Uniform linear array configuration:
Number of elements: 32
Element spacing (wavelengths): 0.75
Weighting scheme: kaiser
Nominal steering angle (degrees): -60
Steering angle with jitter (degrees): -61.658
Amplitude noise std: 0.05
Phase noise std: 0.05

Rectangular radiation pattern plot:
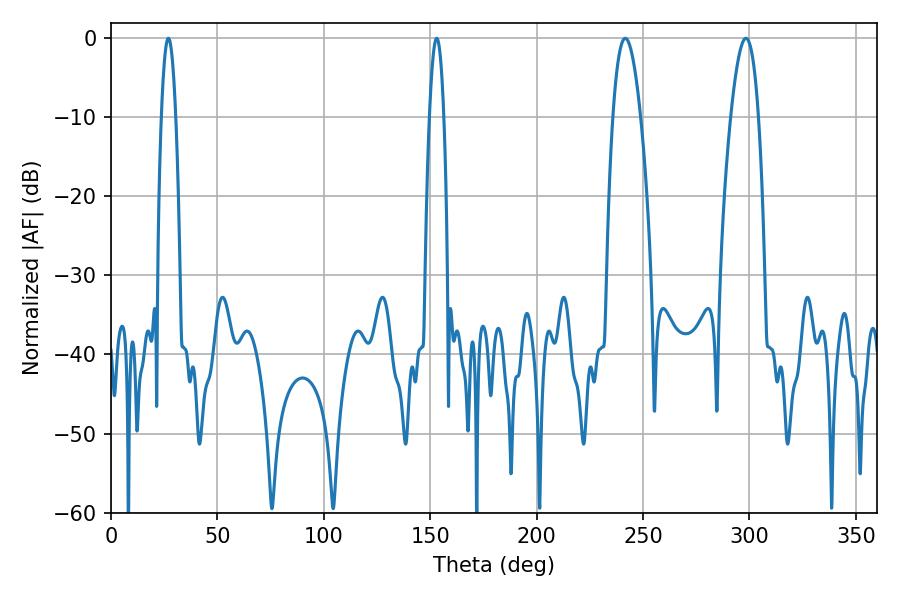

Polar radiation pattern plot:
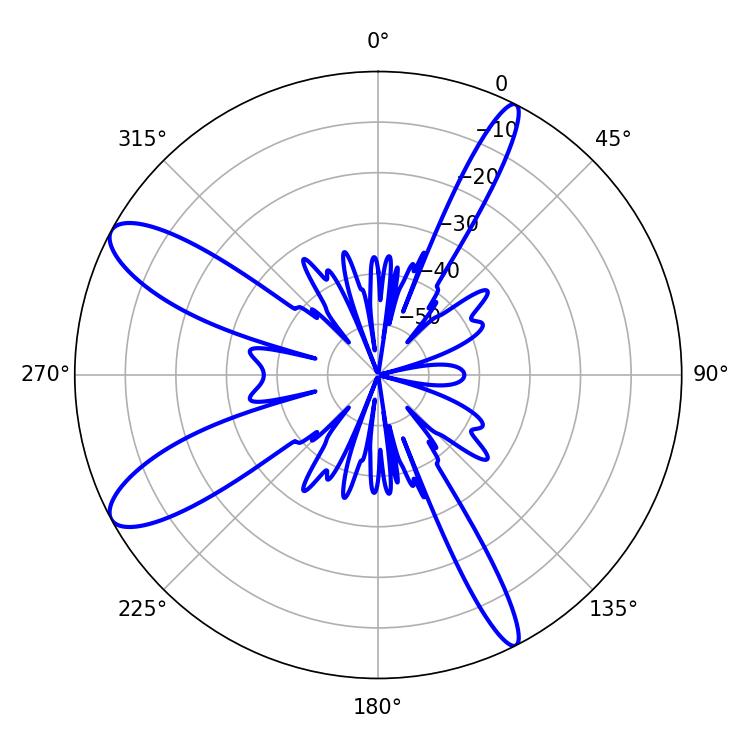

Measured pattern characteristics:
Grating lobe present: TRUE
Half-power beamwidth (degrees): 3.6
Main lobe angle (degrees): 27